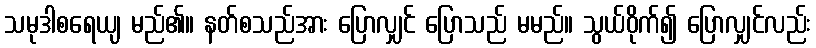
သမုဒါစရေယျ မည်၏။ နတ်စသည်အား ပြောလျှင် ပြောသည် မမည်။ သွယ်ဝိုက်၍ ပြောလျှင်လည်း